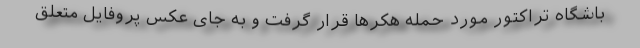
باشگاه تراکتور مورد حمله هکرها قرار گرفت و به جای عکس پروفایل متعلق